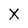
Character: X